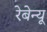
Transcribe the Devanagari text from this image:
रेबेन्यू